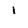
Character: l